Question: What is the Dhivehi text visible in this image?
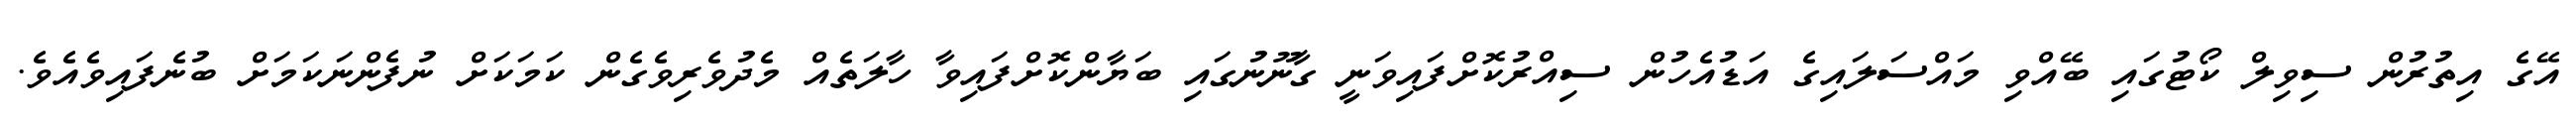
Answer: އޭގެ އިތުރުން ސިވިލް ކޯޓުގައި ބޭއްވި މައްސަލައިގެ އަޑުއެހުން ސިއްރުކޮށްފައިވަނީ ގާނޫނުގައި ބަޔާންކޮށްފައިވާ ހާލަތެއް މެދުވެރިވެގެން ކަމަކަށް ނުފެންނަކަމަށް ބުނެފައިވެއެވެ.